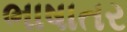
ભાષાતર